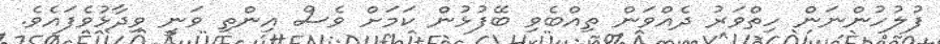
ފުލުހުންނަން ހިތްވަރު ދެއްވަން ތިއްބެވި ބޭފުޅުން ކަމަށް ވެސް އިންތި ވަނީ ވިދާޅުވެފައެވެ.